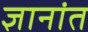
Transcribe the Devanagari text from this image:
ज्ञानांत